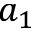
a _ { 1 }